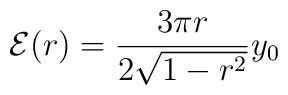
{\cal E}(r) = \frac{3 \pi r}{2\sqrt{1-r^{2}}}y_{0}